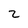
Character: 2